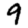
Digit: 9